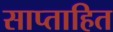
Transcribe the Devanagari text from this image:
साप्ताहित